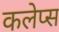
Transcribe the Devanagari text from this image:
कलेप्स